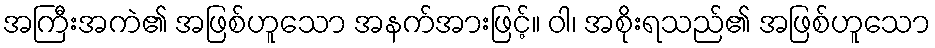
အကြီးအကဲ၏ အဖြစ်ဟူသော အနက်အားဖြင့်။ ဝါ၊ အစိုးရသည်၏ အဖြစ်ဟူသော